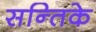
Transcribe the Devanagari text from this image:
सन्तिके